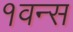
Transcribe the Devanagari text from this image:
१वन्स